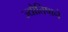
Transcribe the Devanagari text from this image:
ज्योतिषाने